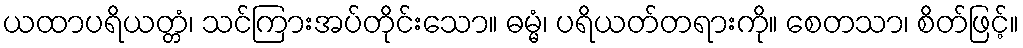
ယထာပရိယတ္တံ၊ သင်ကြားအပ်တိုင်းသော။ ဓမ္မံ၊ ပရိယတ်တရားကို။ စေတသာ၊ စိတ်ဖြင့်။